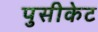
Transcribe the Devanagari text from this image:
पुसीकेट